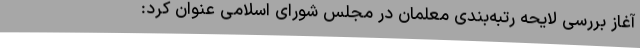
آغاز بررسی لایحه رتبه‌بندی معلمان در مجلس شورای اسلامی عنوان کرد: